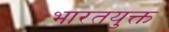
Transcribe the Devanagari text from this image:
भारतयुक्त